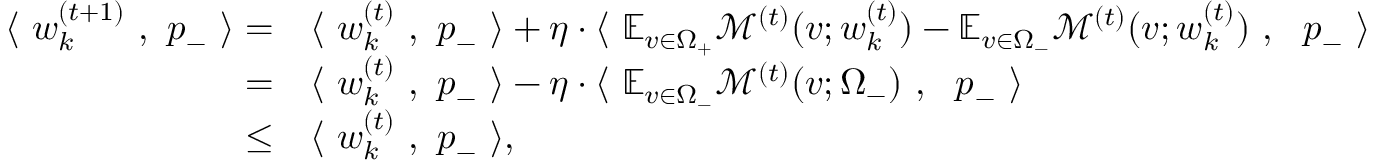
\begin{array} { r l } { \langle ~ { \boldsymbol w } _ { k } ^ { ( t + 1 ) } ~ , ~ { \boldsymbol p } _ { - } ~ \rangle = } & { \langle ~ { \boldsymbol w } _ { k } ^ { ( t ) } ~ , ~ { \boldsymbol p } _ { - } ~ \rangle + \eta \cdot \langle ~ \mathbb { E } _ { v \in \Omega _ { + } } \mathcal { M } ^ { ( t ) } ( v ; { \boldsymbol w } _ { k } ^ { ( t ) } ) - \mathbb { E } _ { v \in \Omega _ { - } } \mathcal { M } ^ { ( t ) } ( v ; { \boldsymbol w } _ { k } ^ { ( t ) } ) ~ , ~ ~ { \boldsymbol p } _ { - } ~ \rangle } \\ { = } & { \langle ~ { \boldsymbol w } _ { k } ^ { ( t ) } ~ , ~ { \boldsymbol p } _ { - } ~ \rangle - \eta \cdot \langle ~ \mathbb { E } _ { v \in \Omega _ { - } } \mathcal { M } ^ { ( t ) } ( v ; \Omega _ { - } ) ~ , ~ ~ { \boldsymbol p } _ { - } ~ \rangle } \\ { \le } & { \langle ~ { \boldsymbol w } _ { k } ^ { ( t ) } ~ , ~ { \boldsymbol p } _ { - } ~ \rangle , } \end{array}